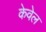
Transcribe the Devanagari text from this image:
केवेल